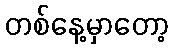
တစ်နေ့မှာတော့